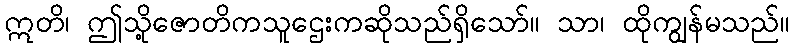
ဣတိ၊ ဤသို့ဇောတိကသူဌေးကဆိုသည်ရှိသော်။ သာ၊ ထိုကျွန်မသည်။